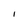
Character: 1